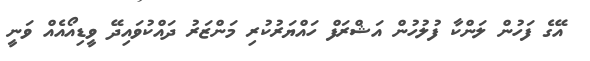
އޭގެ ފަހުން ލަންކާ ފުލުހުން އަޝްރަފް ހައްޔަރުކުރި މަންޒަރު ދައްކުވައިދޭ ވީޑިއޯއެއް ވަނީ